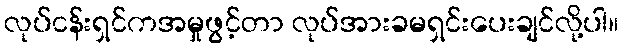
လုပ်ငန်းရှင်ကအမှုဖွင့်တာ လုပ်အားခမရှင်းပေးချင်လို့ပါ။